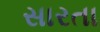
સારતા